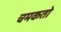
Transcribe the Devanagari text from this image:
चमकतो